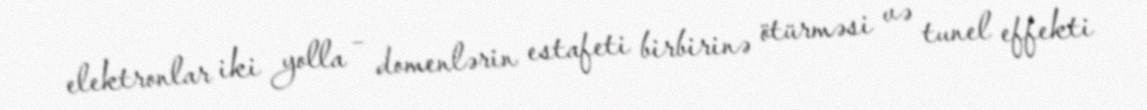
elektronlar iki yolla – domenlərin estafeti birbirinə ötürməsi və tunel effekti